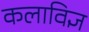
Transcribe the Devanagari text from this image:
कलाविज्ञ